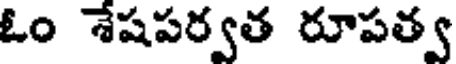
ఓం శేషపర్వత రూపత్వ